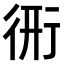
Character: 𧗦